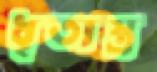
ধৃতাস্ত্র